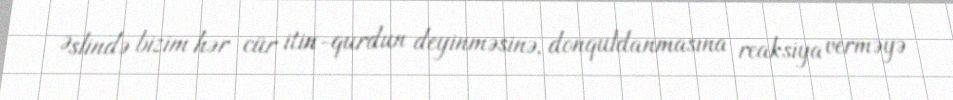
Əslində bizim hər cür itin-qurdun deyinməsinə, donquldanmasına reaksiya verməyə